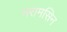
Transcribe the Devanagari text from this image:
नरामसिन